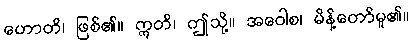
ဟောတိ၊ ဖြစ်၏။ ဣတိ၊ ဤသို့။ အဝေါစ၊ မိန့်တော်မူ၏။